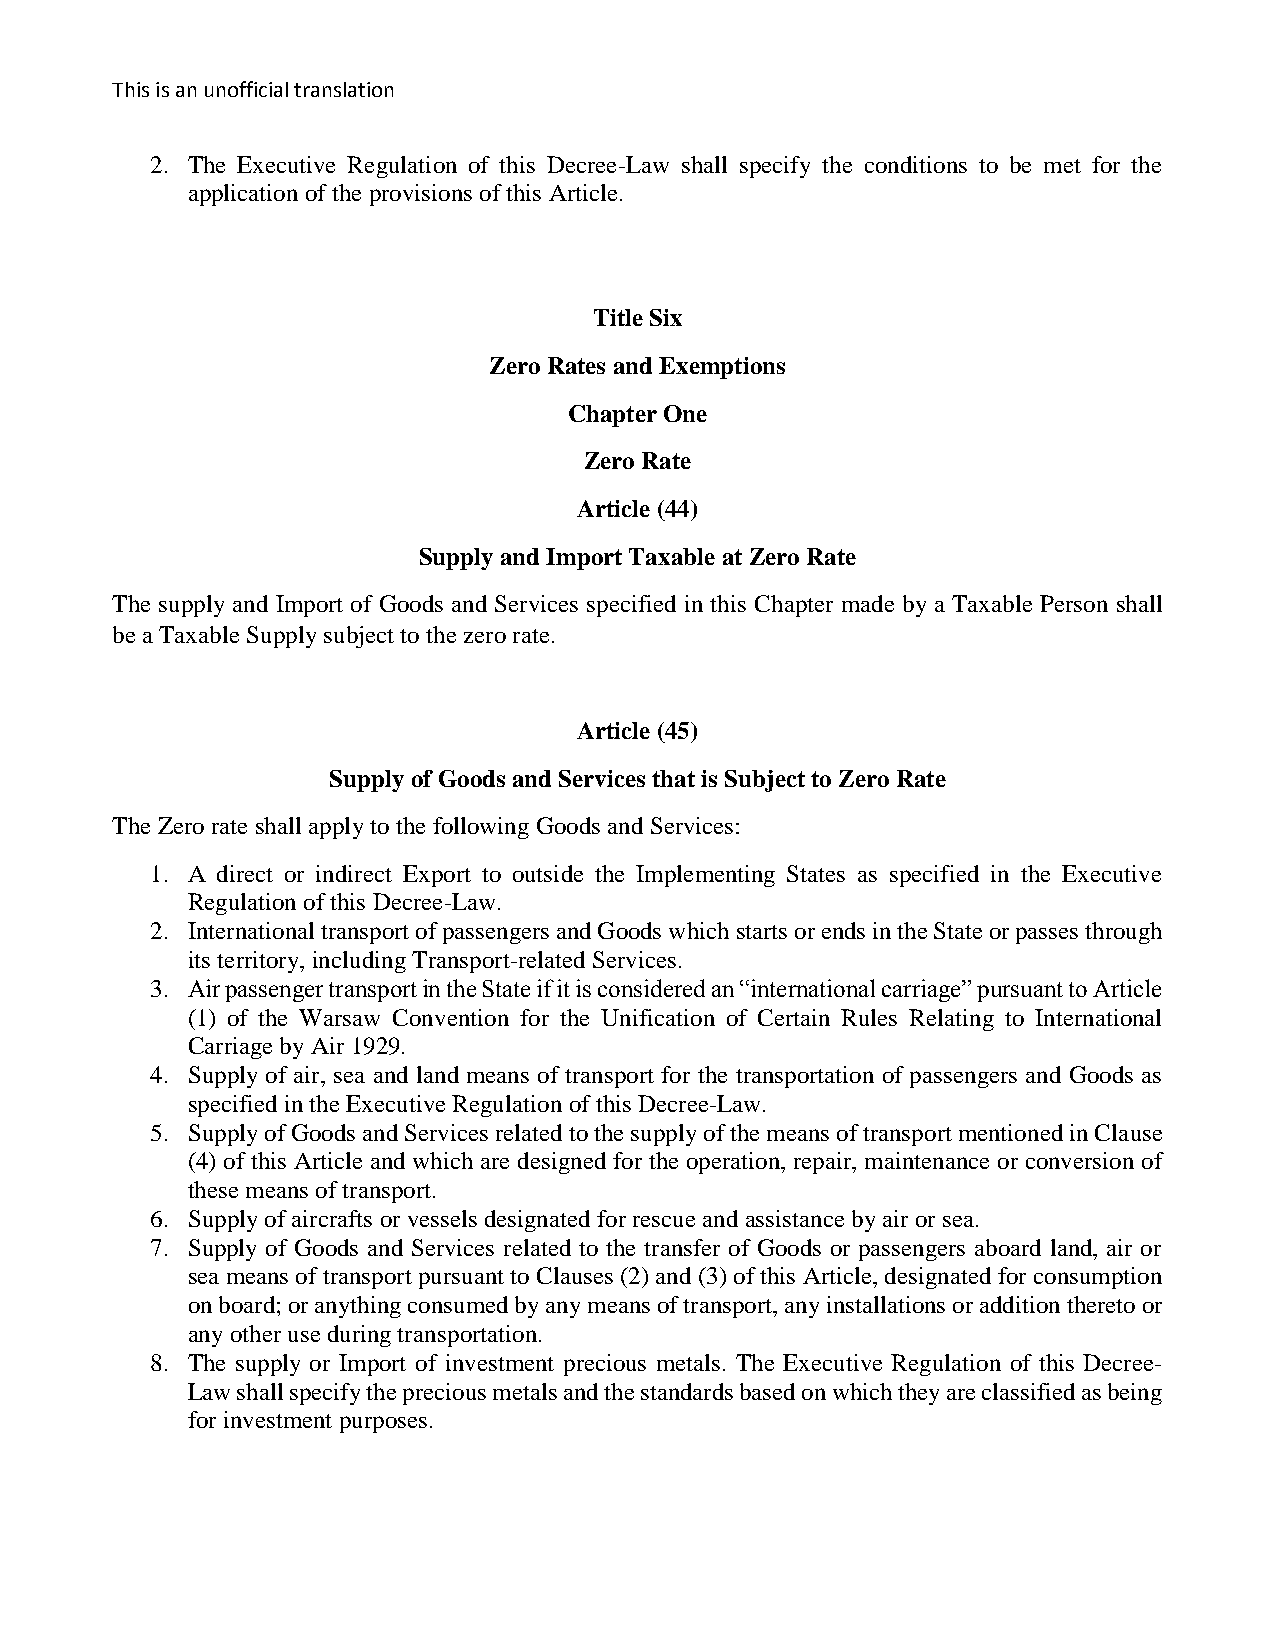
This is an unofficial translation
 2. The Executive Regulation of this Decree-Law shall specify the conditions to be met for the
 application of the provisions of this Article.
 Title Six
 Zero Rates and Exemptions
 Chapter One
 Zero Rate
 Article (44)
 Supply and Import Taxable at Zero Rate
 The supply and Import of Goods and Services specified in this Chapter made by a Taxable Person shall
 be a Taxable Supply subject to the zero rate.
 Article (45)
 Supply of Goods and Services that is Subject to Zero Rate
 The Zero rate shall apply to the following Goods and Services:
 1. A direct or indirect Export to outside the Implementing States as specified in the Executive
 Regulation of this Decree-Law.
 2. International transport of passengers and Goods which starts or ends in the State or passes through
 its territory, including Transport-related Services.
 3. Air passenger transport in the State if it is considered an “international carriage” pursuant to Article
 (1) of the Warsaw Convention for the Unification of Certain Rules Relating to International
 Carriage by Air 1929.
 4. Supply of air, sea and land means of transport for the transportation of passengers and Goods as
 specified in the Executive Regulation of this Decree-Law.
 5. Supply of Goods and Services related to the supply of the means of transport mentioned in Clause
 (4) of this Article and which are designed for the operation, repair, maintenance or conversion of
 these means of transport.
 6. Supply of aircrafts or vessels designated for rescue and assistance by air or sea.
 7. Supply of Goods and Services related to the transfer of Goods or passengers aboard land, air or
 sea means of transport pursuant to Clauses (2) and (3) of this Article, designated for consumption
 on board; or anything consumed by any means of transport, any installations or addition thereto or
 any other use during transportation.
 8. The supply or Import of investment precious metals. The Executive Regulation of this Decree-
 Law shall specify the precious metals and the standards based on which they are classified as being
 for investment purposes.